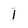
Character: 1